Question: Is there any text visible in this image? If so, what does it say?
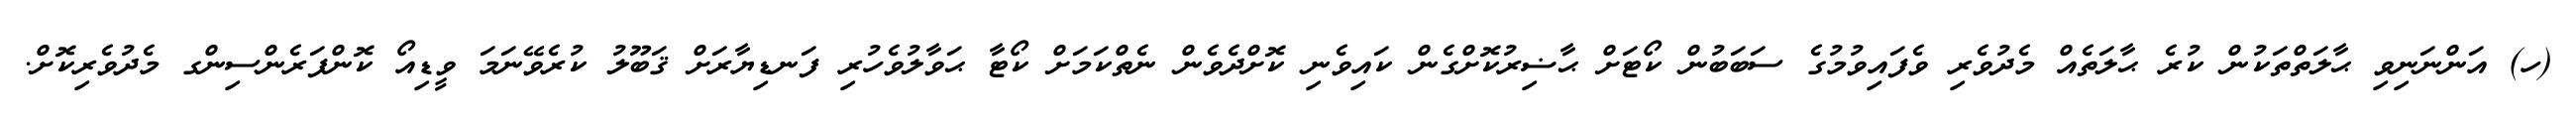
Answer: (ހ) އަންނަނިވި ޙާލަތްތަކުން ކުރެ ޙާލަތެއް މެދުވެރި ވެފައިވުމުގެ ސަބަބުން ކޯޓަށް ޙާޟިރުކޮށްގެން ކައިވެނި ކޮށްދެވެން ނެތްކަމަށް ކޯޓާ ޙަވާލުވެހުރި ފަނޑިޔާރަށް ޤަބޫލު ކުރެވޭނަމަ ވީޑިއޯ ކޮންފަރެންސިންގ މެދުވެރިކޮށް.